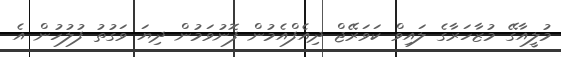
މުލީއާގޭ މުޒާހަރާގެ ލައިވް ކަވަރޭޖް ދިއެފްއެމުން ފޮނުވަމުން ދިޔަ ވަގުތު ފުލުހުން އެ